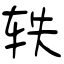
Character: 轶